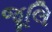
જૂલિ